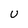
Character: U